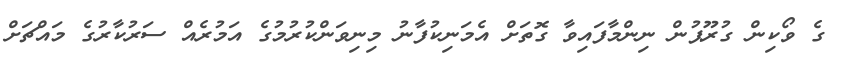
ގެ ވޯކިން ގުރޫޕުން ނިންމާފައިވާ ގޮތަށް އެމަނިކުފާނު މިނިވަންކުރުމުގެ އަމުރެއް ސަރުކާރުގެ މައްޗަށް